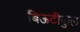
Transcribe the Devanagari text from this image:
बिऊटीफुल